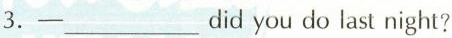
3.一___did you do last nigh?